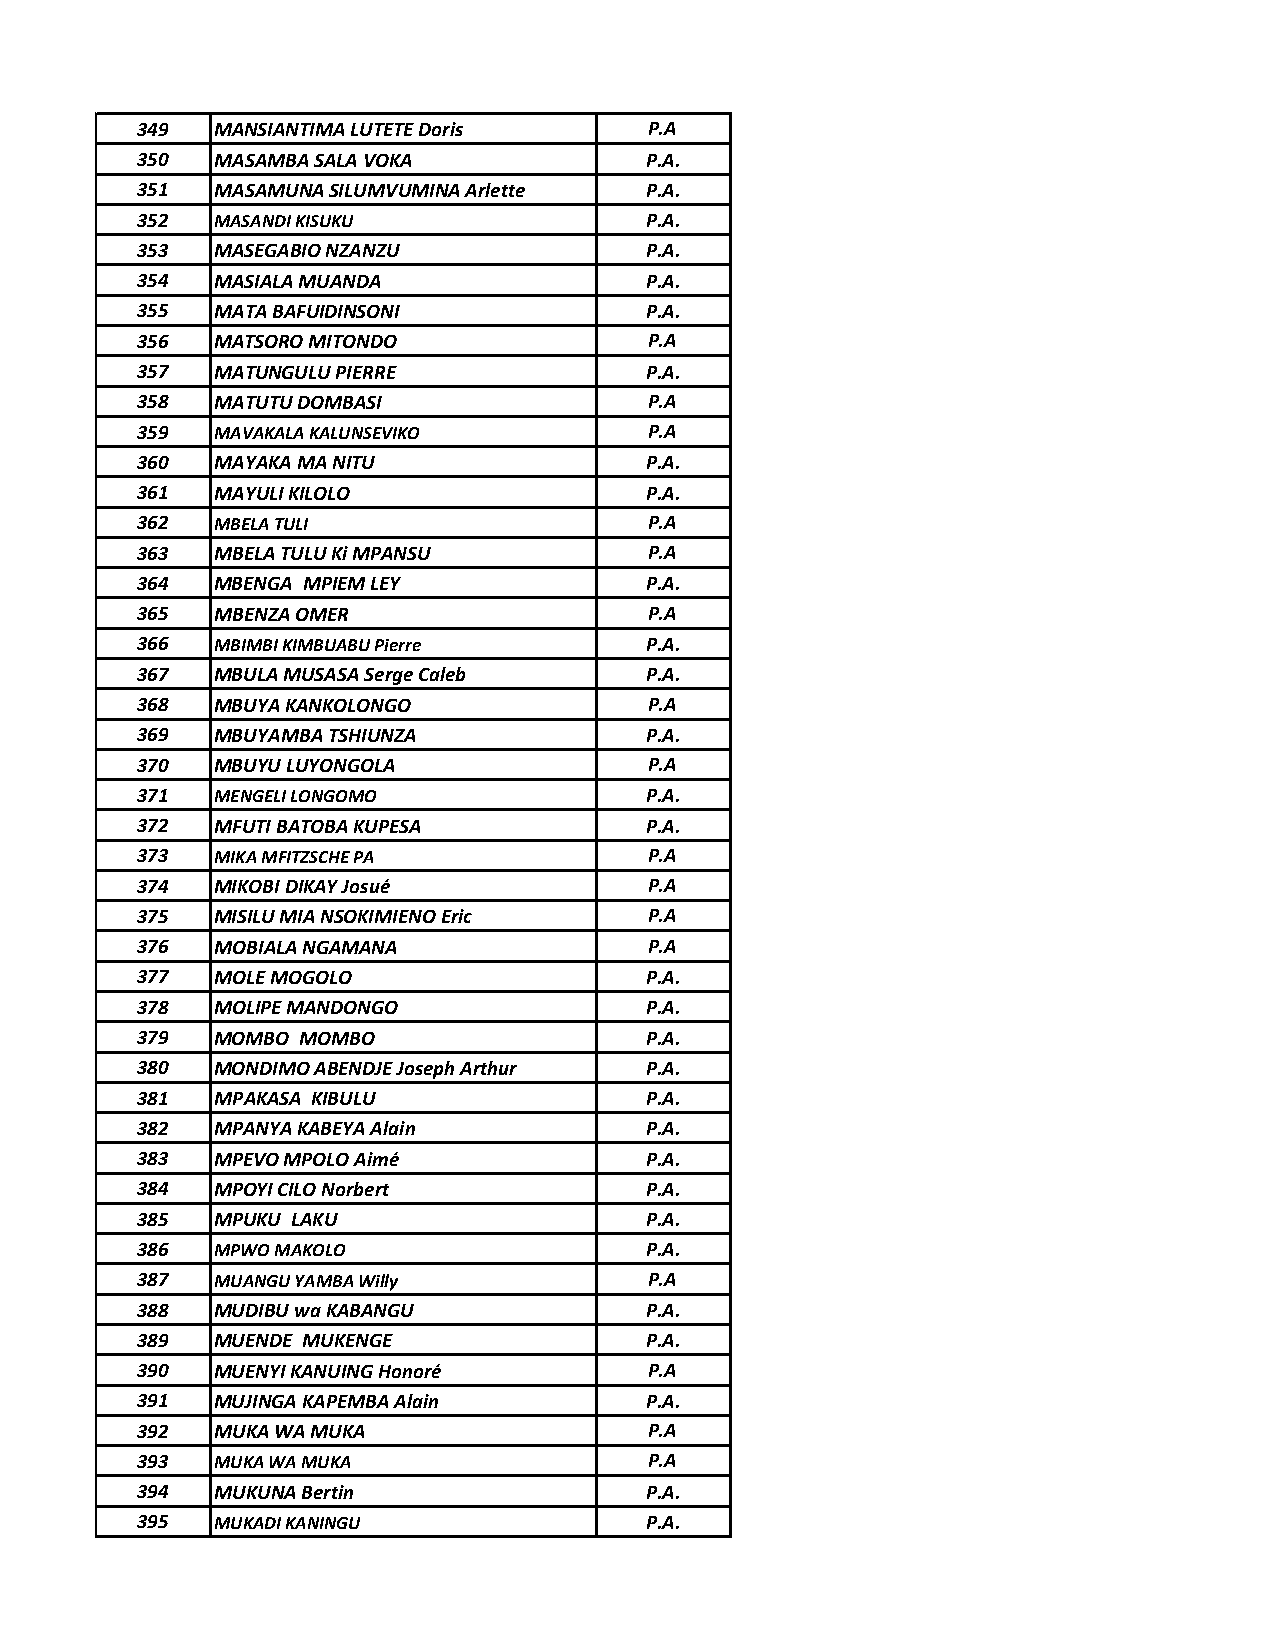
349  MANSIANTIMA LUTETE Doris     P.A
 350  MASAMBA SALA VOKA            P.A.
 351  MASAMUNA SILUMVUMINA Arlette P.A.
 352  MASANDI KISUKU               P.A.
 353  MASEGABIO NZANZU             P.A.
 354  MASIALA MUANDA               P.A.
 355  MATA BAFUIDINSONI            P.A.
 356  MATSORO MITONDO              P.A
 357  MATUNGULU PIERRE             P.A.
 358  MATUTU DOMBASI               P.A
 359  MAVAKALA KALUNSEVIKO         P.A
 360  MAYAKA MA NITU               P.A.
 361  MAYULI KILOLO                P.A.
 362  MBELA TULI                   P.A
 363  MBELA TULU Ki MPANSU         P.A
 364  MBENGA MPIEM LEY             P.A.
 365  MBENZA OMER                  P.A
 366  MBIMBI KIMBUABU Pierre       P.A.
 367  MBULA MUSASA Serge Caleb     P.A.
 368  MBUYA KANKOLONGO             P.A
 369  MBUYAMBA TSHIUNZA            P.A.
 370  MBUYU LUYONGOLA              P.A
 371  MENGELI LONGOMO              P.A.
 372  MFUTI BATOBA KUPESA          P.A.
 373  MIKA MFITZSCHE PA            P.A
 374  MIKOBI DIKAY Josué           P.A
 375  MISILU MIA NSOKIMIENO Eric   P.A
 376  MOBIALA NGAMANA              P.A
 377  MOLE MOGOLO                  P.A.
 378  MOLIPE MANDONGO              P.A.
 379  MOMBO MOMBO                  P.A.
 380  MONDIMO ABENDJE Joseph Arthur P.A.
 381  MPAKASA KIBULU               P.A.
 382  MPANYA KABEYA Alain          P.A.
 383  MPEVO MPOLO Aimé             P.A.
 384  MPOYI CILO Norbert           P.A.
 385  MPUKU LAKU                   P.A.
 386  MPWO MAKOLO                  P.A.
 387  MUANGU YAMBA Willy           P.A
 388  MUDIBU wa KABANGU            P.A.
 389  MUENDE MUKENGE               P.A.
 390  MUENYI KANUING Honoré        P.A
 391  MUJINGA KAPEMBA Alain        P.A.
 392  MUKA WA MUKA                 P.A
 393  MUKA WA MUKA                 P.A
 394  MUKUNA Bertin                P.A.
 395  MUKADI KANINGU               P.A.